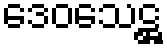
ဒေဝသေဋ္ဌ